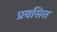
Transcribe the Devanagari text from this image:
प्रवसित